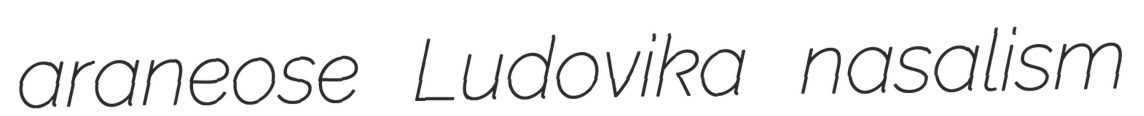
araneose Ludovika nasalism